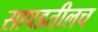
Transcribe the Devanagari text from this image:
सापडतीलच